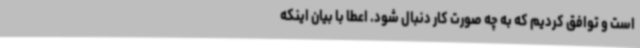
است و توافق کردیم که به چه صورت کار دنبال شود. اعطا با بیان اینکه